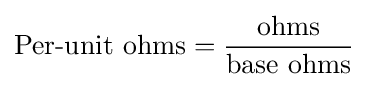
{\text{Per-unit ohms}}={\frac {\text{ohms}}{\text{base ohms}}}